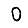
Digit: 0